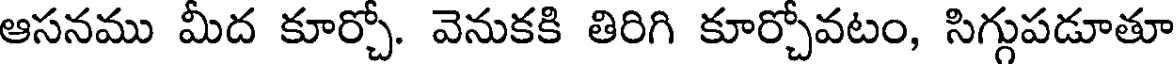
ఆసనము మీద కూర్చో. వెనుకకి తిరిగి కూర్చోవటం, సిగ్గుపడూతూ